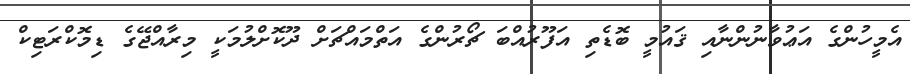
އެމީހުންގެ އަޢުވާނުންނާއި ޤައުމީ ބޮޑެތި އަފޫރުއްބަ ޗޯރުންގެ އަތްމައްޗަށް ދޫކޮށްލުމަކީ މިރާއްޖޭގެ ޑިމޮކްރަޓިކް